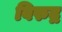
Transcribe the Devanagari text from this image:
विरुद्र